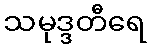
သမုဒ္ဒတီရေ